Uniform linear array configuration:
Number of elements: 24
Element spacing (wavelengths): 0.5
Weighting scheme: hann
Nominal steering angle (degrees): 15
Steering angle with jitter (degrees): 13.153
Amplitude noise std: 0.05
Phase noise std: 0.05

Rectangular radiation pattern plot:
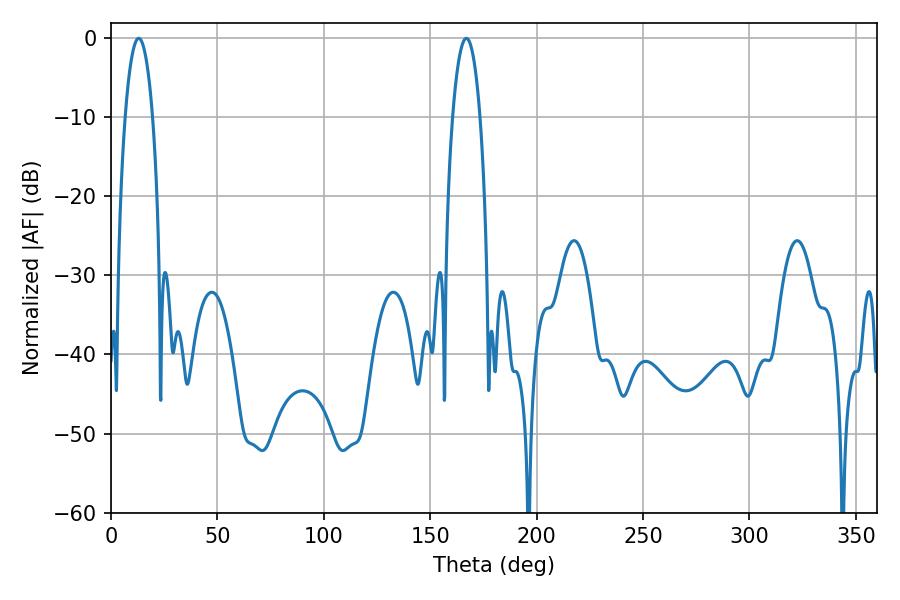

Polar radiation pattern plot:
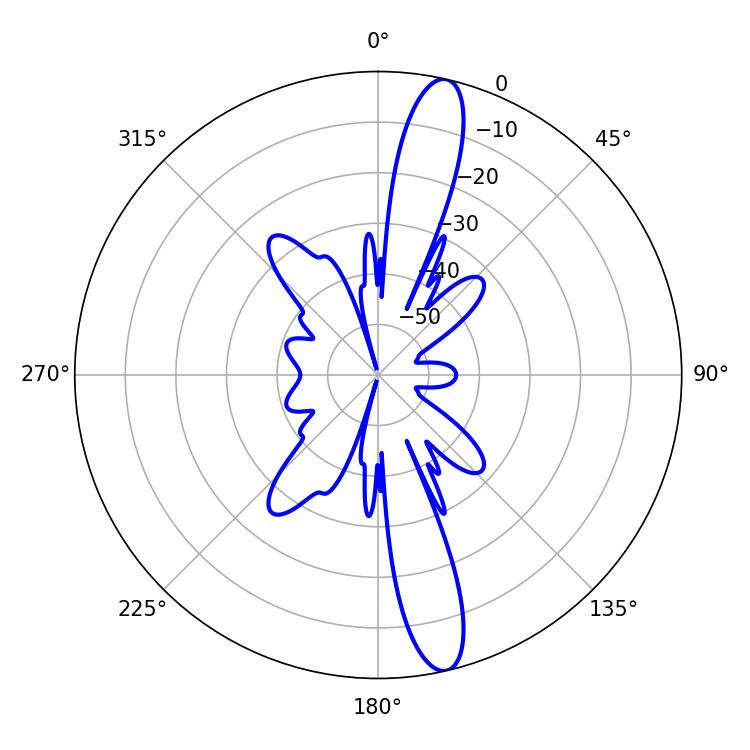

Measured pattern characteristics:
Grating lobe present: FALSE
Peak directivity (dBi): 15.23
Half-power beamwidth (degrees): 7.2
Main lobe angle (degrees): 12.96